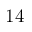
1 4